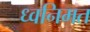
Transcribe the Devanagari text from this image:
ध्वनिमत